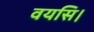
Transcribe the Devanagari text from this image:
वयसि।